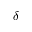
\delta